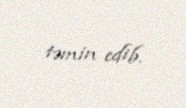
təmin edib.